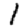
Digit: 1